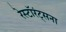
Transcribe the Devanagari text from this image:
रेस्टॉरंट्सना